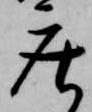
庄